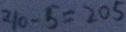
2 1 0 - 5 = 2 0 5